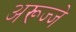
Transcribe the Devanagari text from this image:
अरूज्जे